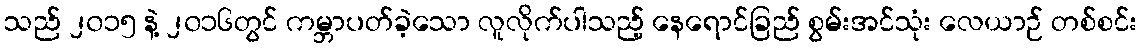
သည် ၂၀၁၅ နဲ့ ၂၀၁၆တွင် ကမ္ဘာပတ်ခဲ့သော လူလိုက်ပါသည့် နေရောင်ခြည် စွမ်းအင်သုံး လေယာဉ် တစ်စင်း